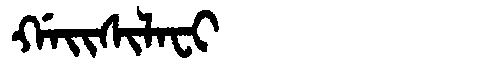
Manchu: ᡤᠠᡳᠰᡳᠯᠠᠸᡳ
Romanization: GAISILAFI